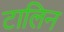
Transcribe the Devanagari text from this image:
टालिन